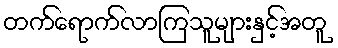
တက်ရောက်လာကြသူများနှင့်အတူ